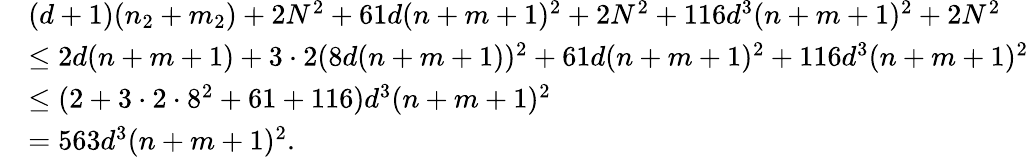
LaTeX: \begin{array}{rl}&{(d+1)(n_{2}+m_{2})+2N^{2}+61d(n+m+1)^{2}+2N^{2}+116d^{3}(n+m+1)^{2}+2N^{2}}\\ &{\leq 2d(n+m+1)+3\cdot 2(8d(n+m+1))^{2}+61d(n+m+1)^{2}+116d^{3}(n+m+1)^{2}}\\ &{\leq(2+3\cdot 2\cdot 8^{2}+61+116)d^{3}(n+m+1)^{2}}\\ &{=563d^{3}(n+m+1)^{2}.}\end{array}